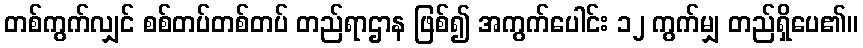
တစ်ကွက်လျှင် စစ်တပ်တစ်တပ် တည်ရာဌာန ဖြစ်၍ အကွက်ပေါင်း ၁၂ ကွက်မျှ တည်ရှိပေ၏။